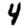
Digit: 4